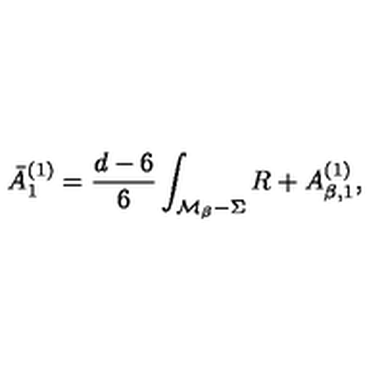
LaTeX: \bar { A } _ { 1 } ^ { ( 1 ) } = { \frac { d - 6 } { 6 } } \int _ { { \cal M } _ { \beta } - \Sigma } R + A _ { \beta , 1 } ^ { ( 1 ) } ,